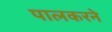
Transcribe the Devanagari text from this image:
पालकरने